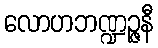
လောဟဘဏ္ဍဉ္ဇနီ